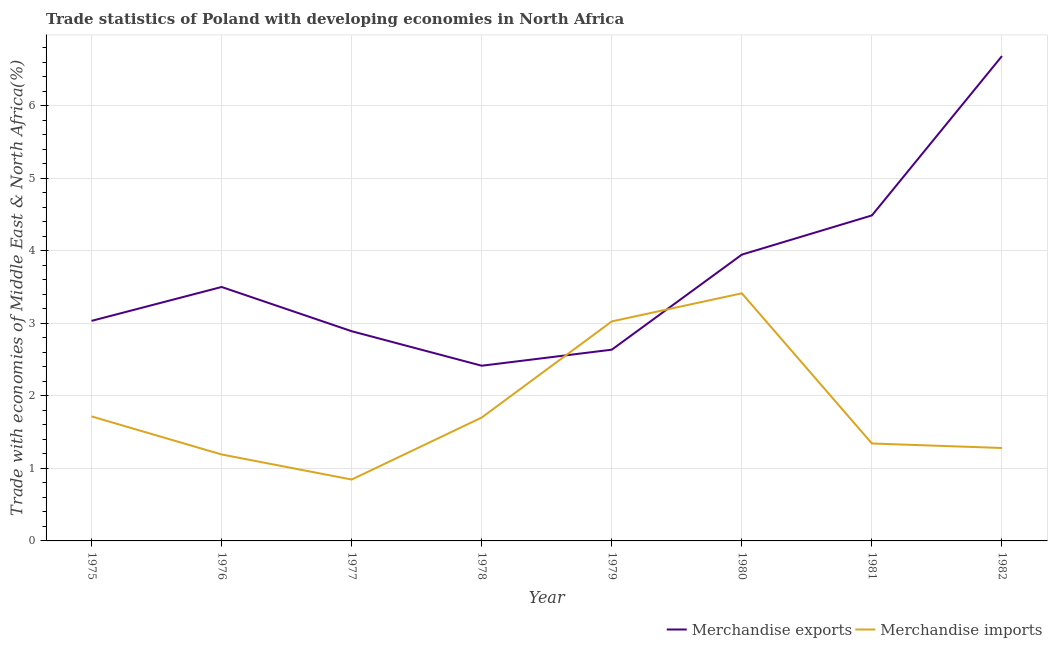
| Year | Merchandise exports | Merchandise imports |
 | --- | --- | --- |
 | 1975 | 3.03 | 1.72 |
 | 1976 | 3.5 | 1.19 |
 | 1977 | 2.89 | 0.846 |
 | 1978 | 2.42 | 1.7 |
 | 1979 | 2.64 | 3.03 |
 | 1980 | 3.95 | 3.41 |
 | 1981 | 4.49 | 1.34 |
 | 1982 | 6.69 | 1.28 |